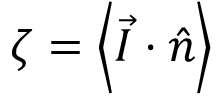
\zeta = \left\langle \vec { I } \cdot \hat { n } \right\rangle